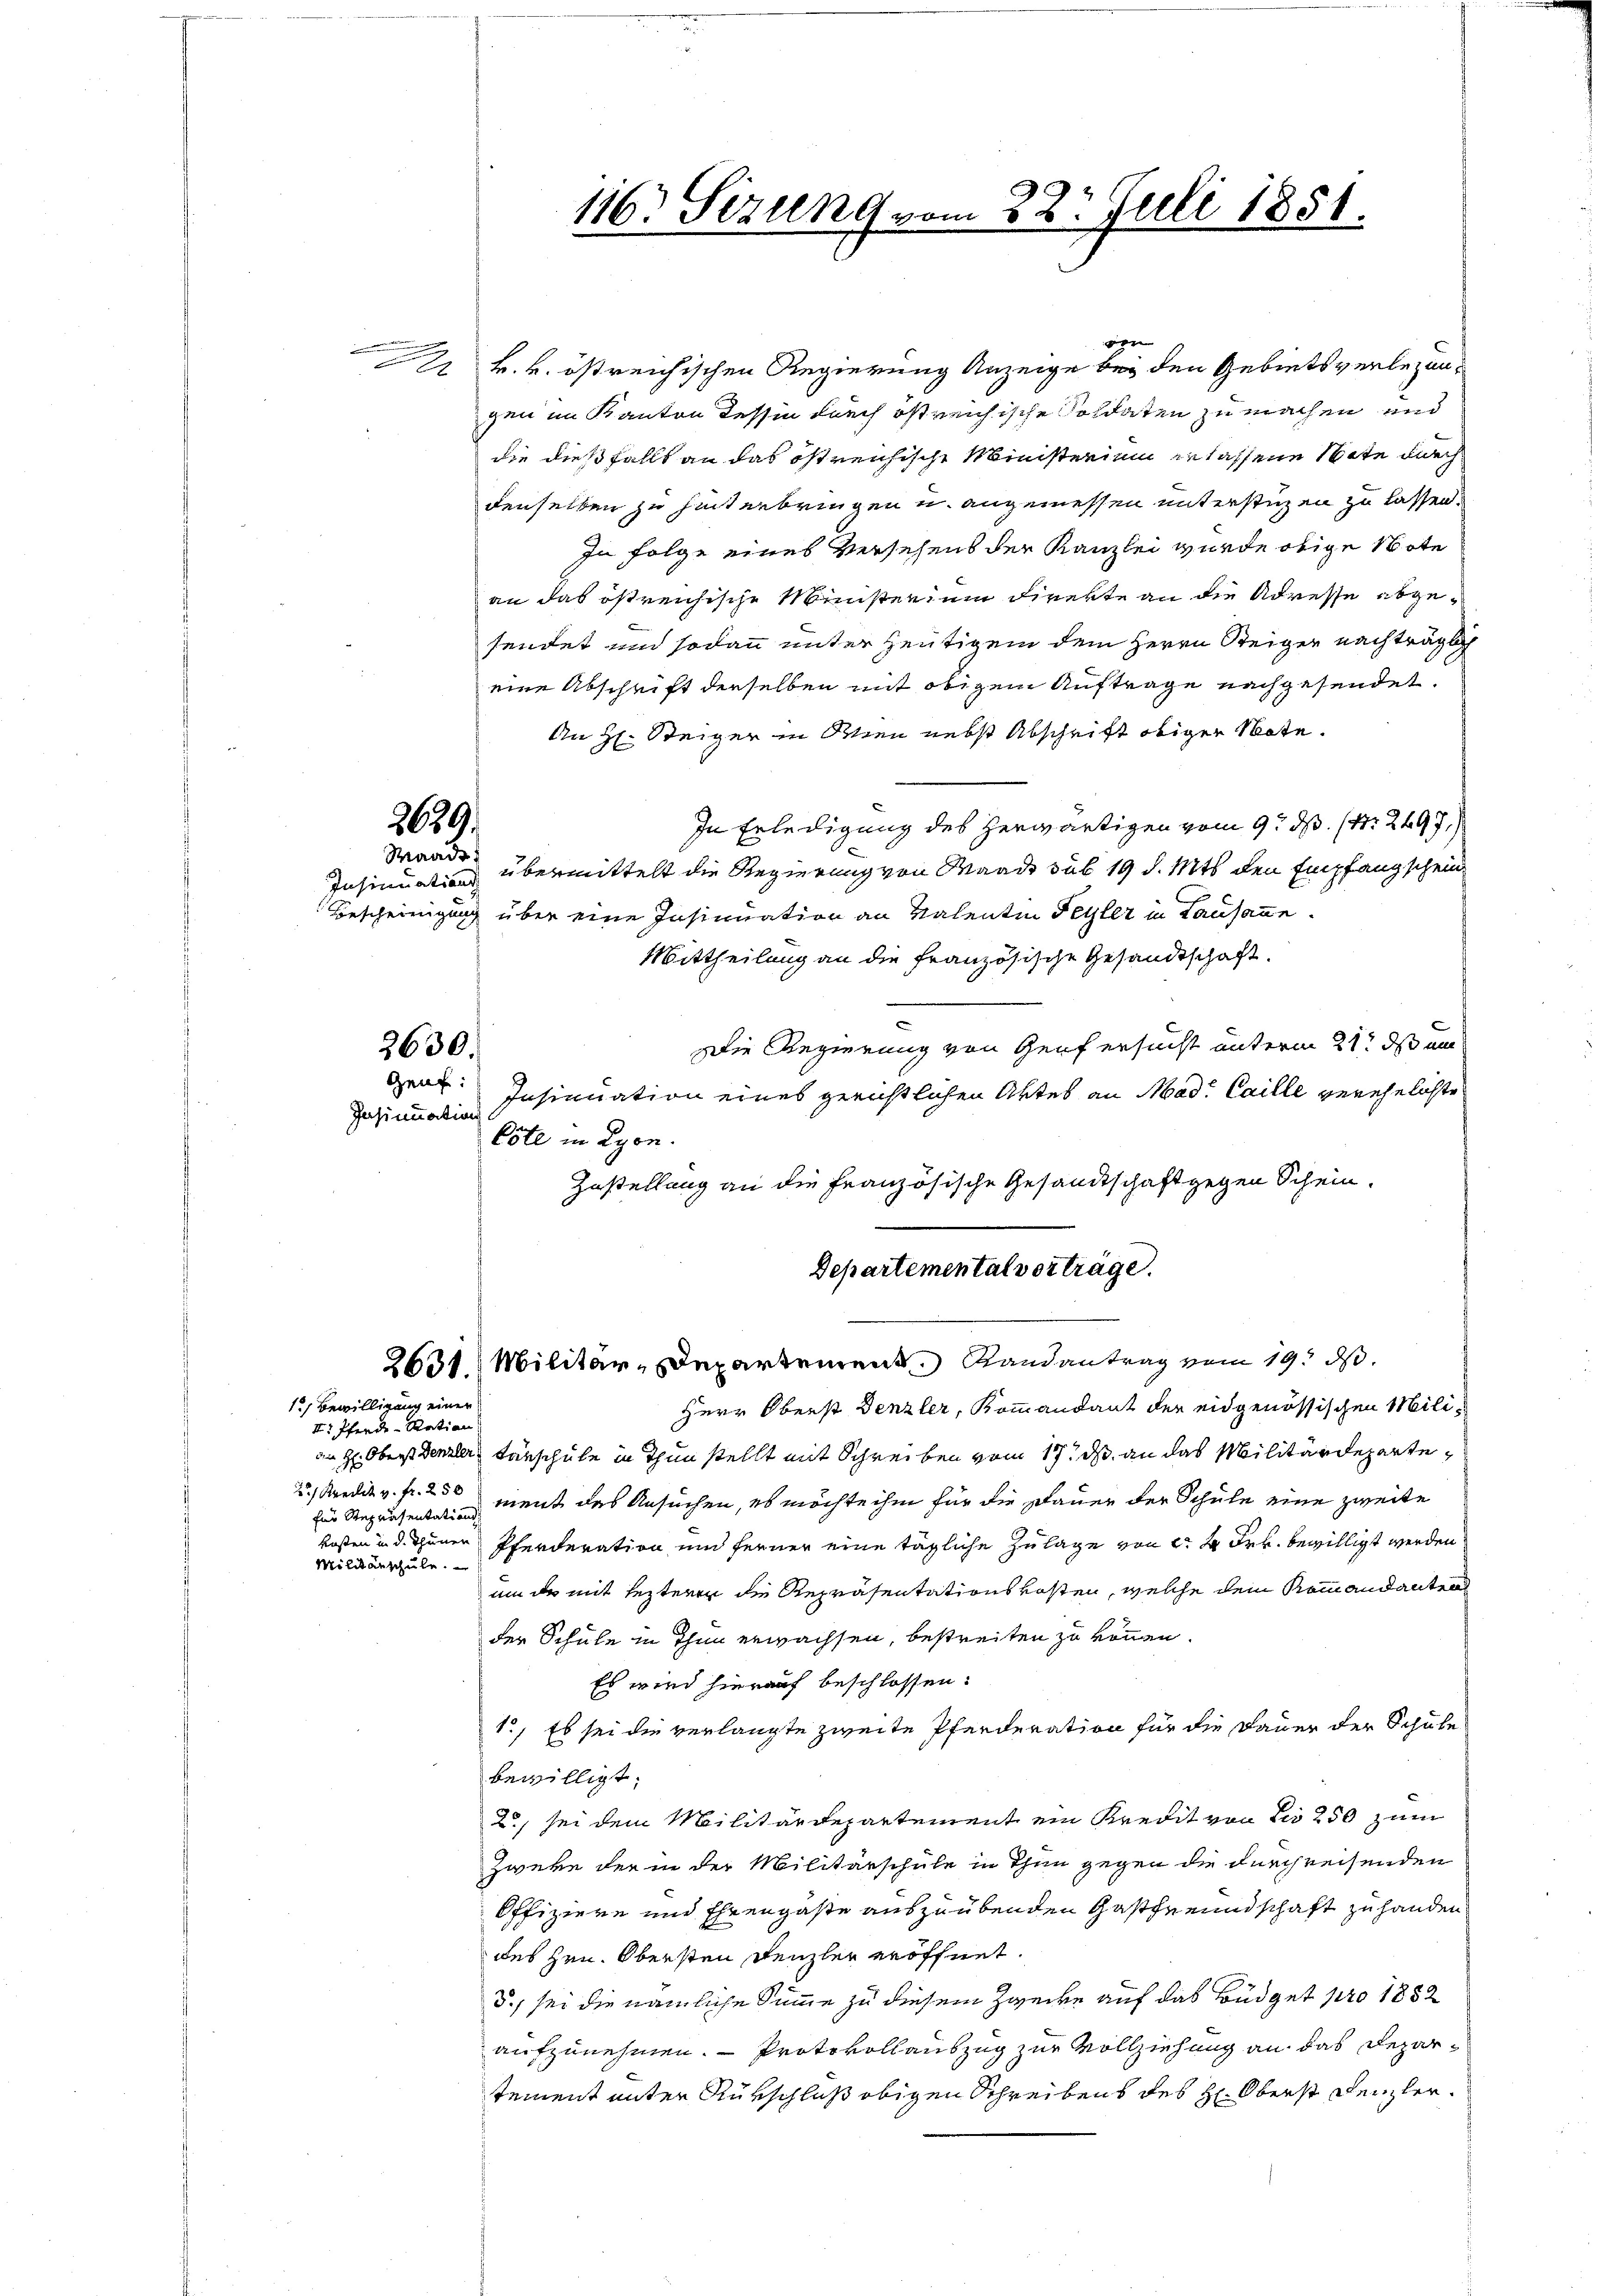
vien
2 k. k. östreichischen Regierung Anzeige bey den Gebiets verlegengen im Kanton Tessin durch östreichische Soldaten zu machen und
die dießfalls an das östreichische Ministerium erlassene Note durch
denselben zu hinterbringen u. angemessen unterstüzen zu lassen.
In Folge eines Versehens der Kanzlei wurde obige Note
an das östreichische Ministerium direkte an die Adresse abgesendet und sodann unter heutigem dem Herrn Steiger nachträglich
eine Abschrift derselben mit obigem Auftrage nachgesendet.
An H. Steiger in Wien nebst Abschrift obiger Note.
In Erledigung des herwärtigen vom 9. d. 14. 2497.)
Insinuation übermittelt die Regierung von Waadt sub 19 d. Mts. den Empfang schein
Bescheinigung über eine Insinuation an Valentin Feyler in Lausanne.
Mittheilung an die französische Gesandtschaft.
Die Regierung von Genf ersucht unterm 21t ds an
Insinuation eines gerichtlichen Aktes an Mad. Caille verehelichte
Insinuation
Cote in Lyon.
Zustellung an die Französische Gesandtschaft gegen Schein-
Departemental vorträge.
2631. Militär-Departement Randantrag vom 19. ds.
12) Bewilligung einer
Herr Oberst Denzler, Kommandant der eidgenössischen Mili¬
II. Pferde-Ration
an H: Oberst Denzler, Färschule in Thun stellt mit Schreiben vom 17t ds an das Militärdeparte¬
2) Kredit v. fr. 250 ment des Ansuchen, es möchte ihm für die Dauer der Schule eine zweite
für Repräsentations
kosten in d. Thuner
Pferderation und ferner eine tägliche Zulage von d. 4. Frk. bewilligt werden
Militärschule.
um er mit lezteren die Repräsentationskosten, welche dem Kommandanten
der Schule in Thun erwachsen, bestreiten zu können.
Es wird hierauf beschlossen.
1., Es sei die verlangte zweite Pferderation für die Dauer der Schule
bewilligt;
2., sei dem Militärdepartement ein Kredit von bis 250 zum
Zwern der in der Militärschule in Thun gegen die durchreisenden
Offiziere und Ehrengaste auszuübenden Gastfreundschaft zu handen
des Hrn. Obersten Denzler eröffnet
5., sei die nämliche Summe zu diesem Zwecke auf das Büdget pro 1852
aufzunehmen. — Protokollauszug zur Vollziehung an das Departement unter Rürschluß obigen Schreibens des H: Oberst Denzler¬

g

2639.
Waadt

Genf.

2630.

116. Sizung vo

n 22. Juli 1851.